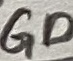
Text: GD